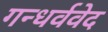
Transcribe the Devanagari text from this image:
गन्धर्ववेद